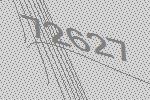
72627